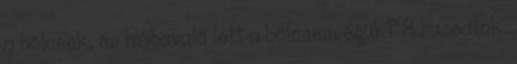
a bölcsek, és hiábavaló lett a bölcsességük? 8 Fussatok,